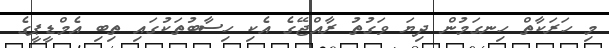
މި ހަރަކާތް ހިނގަމުން ދިޔަ ވަގުތު ރާއްޖޭގެ އެކި ހިސާބުތަކުގައި ތިބި އެމްޑީޕީގެ